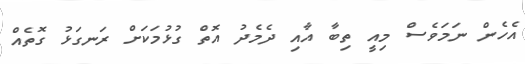
އެހެން ނަމަވެސް މިއީ ތިބާ އާއި ދެމެދު އޮތް ގުޅުމަކަށް ރަނގަޅު ގޮތެއް